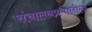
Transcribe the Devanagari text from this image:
संचालनप्रणालीला